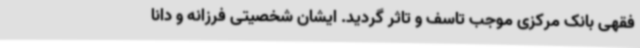
فقهی بانک مرکزی موجب تاسف و تاثر گردید. ایشان شخصیتی فرزانه و دانا